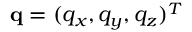
\mathbf { q } = ( q _ { x } , q _ { y } , q _ { z } ) ^ { T }